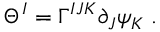
\Theta ^ { I } = \Gamma ^ { I J K } \partial _ { J } \psi _ { K } \; .